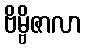
ဗိမ္ဗိဇာလာ